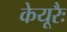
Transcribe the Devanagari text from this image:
केयूरैः